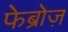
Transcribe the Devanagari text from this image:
फेब्रोज़